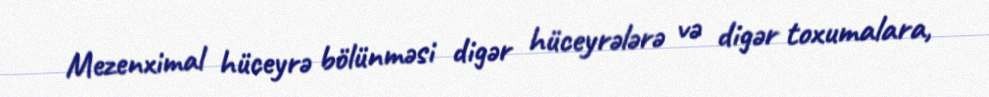
Mezenximal hüceyrə bölünməsi digər hüceyrələrə və digər toxumalara,